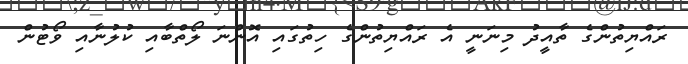
ރައްޔިތުންގެ ތާއީދު މިނަނީ އެ ރައްޔިތުންގެ ހިތުގައި އޮންނަ ލޯތްބާއި ކުލުނާއި ވޯޓުން